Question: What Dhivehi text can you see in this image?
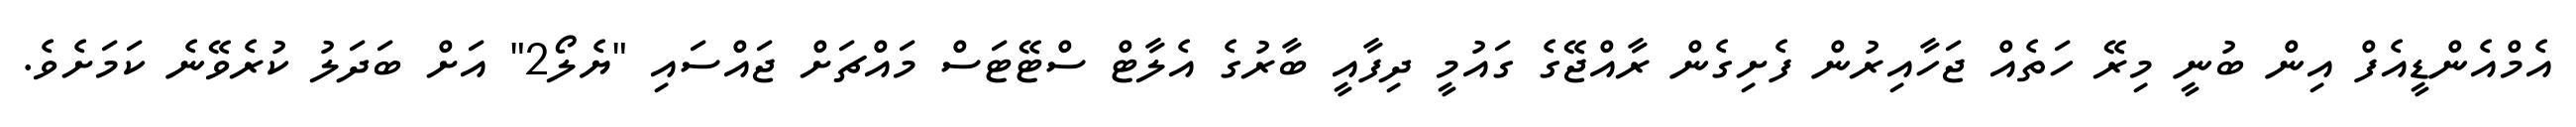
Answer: އެމްއެންޑީއެފް އިން ބުނީ މިރޭ ހަތެއް ޖަހާއިރުން ފެށިގެން ރާއްޖޭގެ ގައުމީ ދިފާއީ ބާރުގެ އެލާޓް ސްޓޭޓަސް މައްޗަށް ޖައްސައި "ޔެލޯ2" އަށް ބަދަލު ކުރެވޭނެ ކަމަށެވެ.